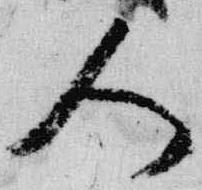
人